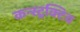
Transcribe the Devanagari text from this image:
कन्स्ट्रक्टिव